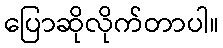
ပြောဆိုလိုက်တာပါ။